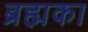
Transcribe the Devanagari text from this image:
ब्रह्मका